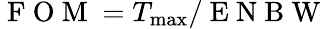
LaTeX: \mathrm{~F~O~M~}=T_{\mathrm{max}}/\mathrm{~E~N~B~W~}